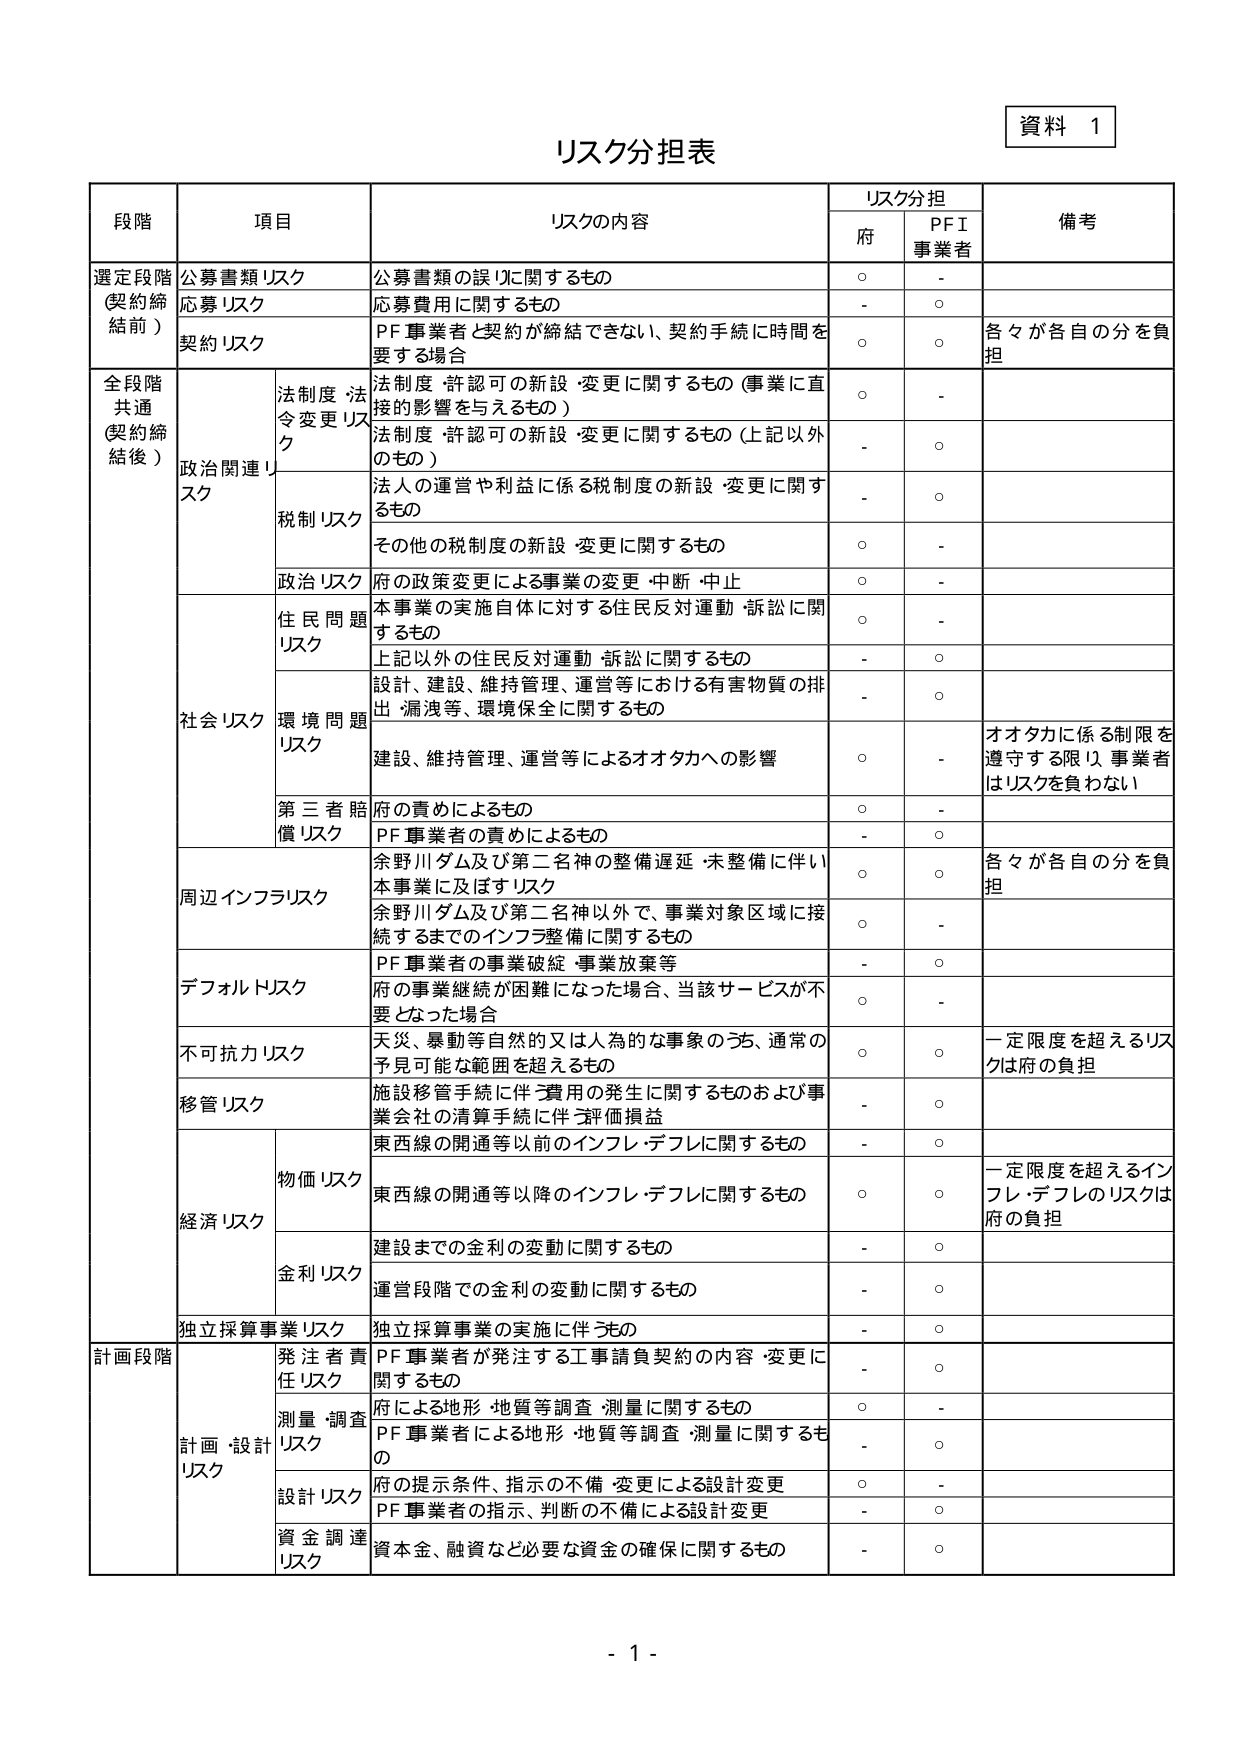
資料 1
リスク分担表

段階 項目 リスクの内容 リスク分担 備考
　　　　　　　　　　　　　　　　　　　府 PFI事業者

選定段階
(契約締結前)
公募書類リスク 公募書類の誤りに関するもの ○ -
応募リスク 応募費用に関するもの - ○
契約リスク PF事業者と契約が締結できない、契約手続に時間を要する場合 ○ ○ 各々が各自の分を負担

全段階共通
(契約締結後)
政治関連リスク
　法制度・法令変更リスク
　　法制度・許認可の新設・変更に関するもの（事業に直接的影響を与えるもの） ○ -
　　法制度・許認可の新設・変更に関するもの（上記以外のもの） - ○
　税制リスク
　　法人の運営や利益に係る税制度の新設・変更に関するもの - ○
　　その他の税制度の新設・変更に関するもの ○ -
　政治リスク 府の政策変更による事業の変更・中断・中止 ○ -

社会リスク
　住民問題リスク
　　本事業の実施自体に対する住民反対運動・訴訟に関するもの ○ -
　　上記以外の住民反対運動・訴訟に関するもの - ○
　環境問題リスク
　　設計、建設、維持管理、運営等における有害物質の排出・漏洩等、環境保全に関するもの - ○
　　建設、維持管理、運営等によるオタカへの影響 ○ - オタカに係る制限を遵守する限り、事業者はリスクを負わない
　第三者賠償リスク
　　府の責めによるもの ○ -
　　PF事業者の責めによるもの - ○

周辺インフラリスク
　余野川ダム及び第二名神の整備遅延・未整備に伴い本事業に及ぼすリスク ○ ○ 各々が各自の分を負担
　余野川ダム及び第二名神以外で、事業対象区域に接続するまでのインフラ整備に関するもの ○ -

デフォルトリスク
　PF事業者の事業破綻・事業放棄等 - ○
　府の事業継続が困難になった場合、当該サービスが不要となった場合 ○ -

不可抗力リスク
　天災、暴動等自然的又は人為的な事象のうち、通常の予見可能な範囲を超えるもの ○ ○ 一定限度を超えるリスクは府の負担

移管リスク
　施設移管手続に伴う費用の発生に関するものおよび事業会社の清算手続に伴う評価損益 - ○

経済リスク
　物価リスク
　　東西線の開通等以前のインフレ・デフレに関するもの - ○
　　東西線の開通等以降のインフレ・デフレに関するもの ○ ○ 一定限度を超えるインフレ・デフレのリスクは府の負担
　金利リスク
　　建設までの金利の変動に関するもの - ○
　　運営段階での金利の変動に関するもの - ○

独立採算事業リスク
　独立採算事業の実施に伴うもの - ○

計画段階
計画・設計リスク
　発注者責任リスク
　　PF事業者が発注する工事請負契約の内容・変更に関するもの - ○
　測量・調査リスク
　　府による地形・地質等調査・測量に関するもの ○ -
　　PF事業者による地形・地質等調査・測量に関するもの - ○
　設計リスク
　　府の提示条件、指示の不備・変更による設計変更 ○ -
　　PF事業者の指示、判断の不備による設計変更 - ○
　資金調達リスク
　　資本金、融資など必要な資金の確保に関するもの - ○

- 1 -